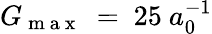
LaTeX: G_{\mathrm{~m~a~x~}}~=~25~a_{0}^{-1}